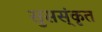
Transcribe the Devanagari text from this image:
सुसस्ंकृत